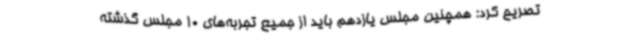
تصریح کرد: همچنین مجلس یازدهم باید از جمیع تجربه‌های 10 مجلس گذشته